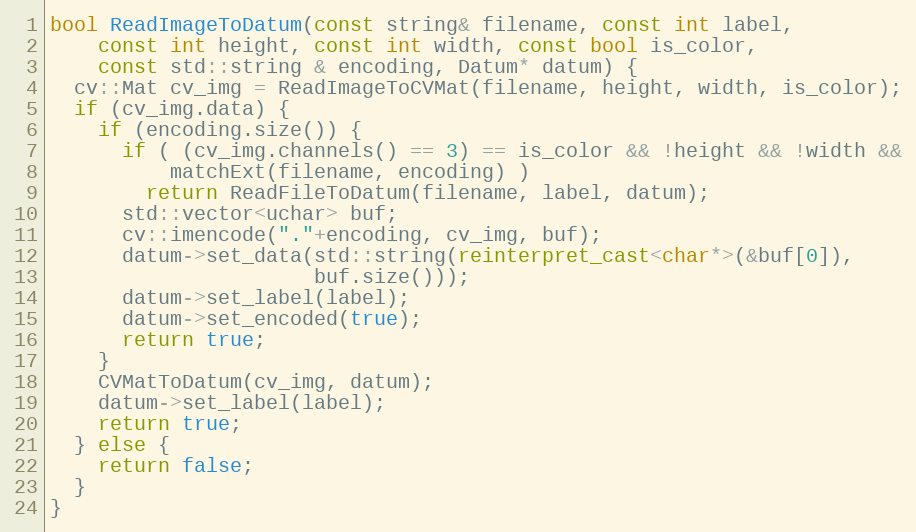
Language: C++
bool ReadImageToDatum(const string& filename, const int label,
    const int height, const int width, const bool is_color,
    const std::string & encoding, Datum* datum) {
  cv::Mat cv_img = ReadImageToCVMat(filename, height, width, is_color);
  if (cv_img.data) {
    if (encoding.size()) {
      if ( (cv_img.channels() == 3) == is_color && !height && !width &&
          matchExt(filename, encoding) )
        return ReadFileToDatum(filename, label, datum);
      std::vector<uchar> buf;
      cv::imencode("."+encoding, cv_img, buf);
      datum->set_data(std::string(reinterpret_cast<char*>(&buf[0]),
                      buf.size()));
      datum->set_label(label);
      datum->set_encoded(true);
      return true;
    }
    CVMatToDatum(cv_img, datum);
    datum->set_label(label);
    return true;
  } else {
    return false;
  }
}